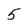
Character: 5